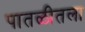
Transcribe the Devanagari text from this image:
पातळीतला